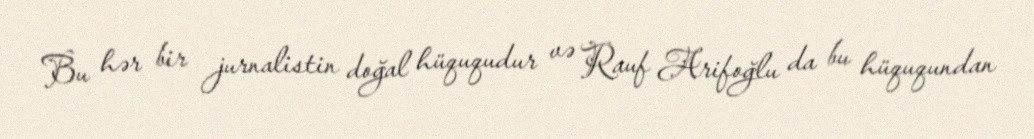
Bu hər bir jurnalistin doğal hüququdur və Rauf Arifoğlu da bu hüququndan